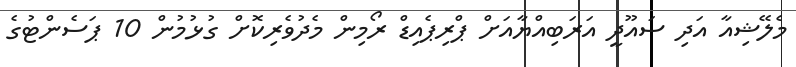
މެލޭޝިއާ އަދި ސައޫދީ އަރަބިއްޔާއަށް ޕްރިޕެއިޑް ރޯމިން މެދުވެރިކޮށް ގުޅުމުން 10 ޕަސެންޓުގެ